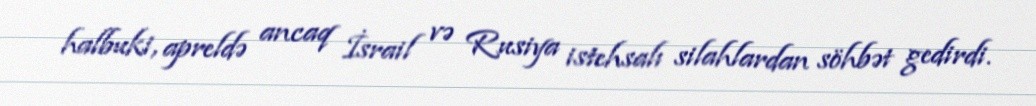
halbuki, apreldə ancaq İsrail və Rusiya istehsalı silahlardan söhbət gedirdi.